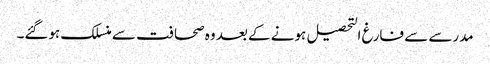
مدرسے سے فارغ التحصیل ہونے کے بعد وہ صحافت سے منسلک ہوگئے۔